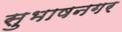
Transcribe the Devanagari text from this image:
सुभाषनगर